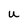
Character: U